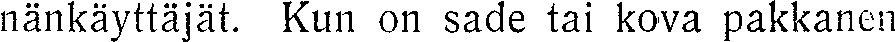
nänkäyttäjät. Kun on sade tai kova pakkanen